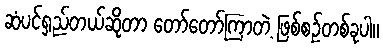
ဆံပင်ရှည်တယ်ဆိုတာ တော်တော်ကြာတဲ့ ဖြစ်စဉ်တစ်ခုပါ။